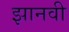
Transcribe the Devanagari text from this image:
झानवी